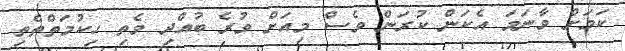
ކަމަަށް ވާނަމަ އެކަން ކުރަން ވެސް މިއަށް ވުރެ ބުއްދި ވެތި ހިކުމަތްތެތި